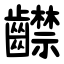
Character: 齽